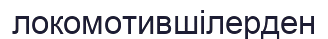
локомотившілерден